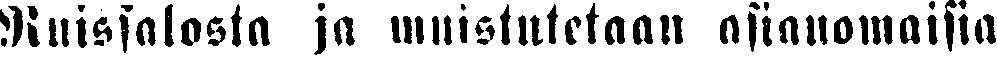
Ruissalosta ja muistutetaan asianomaisia